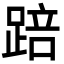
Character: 踣